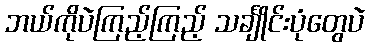
ဘယ်ကိုပဲကြည့်ကြည့် သင်္ချိုင်းပုံတွေပဲ